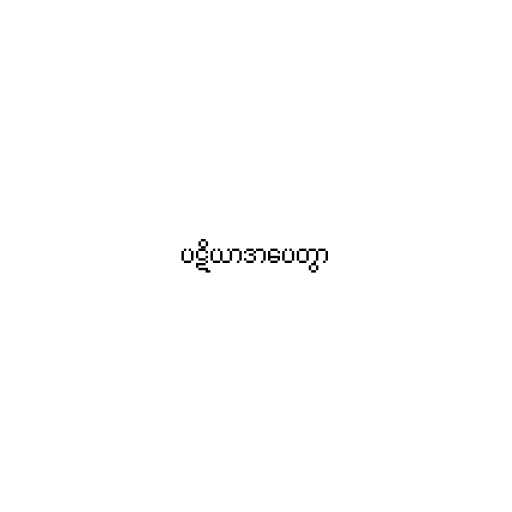
ပဋိယာဒာပေတွာ